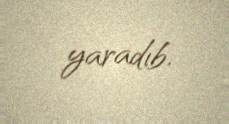
yaradıb.